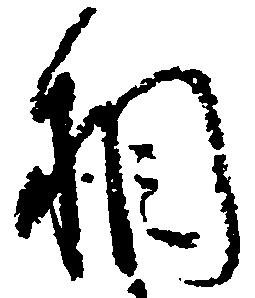
相